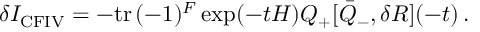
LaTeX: \delta I _ { \mathrm { C F I V } } = - \mathrm { t r } \, ( - 1 ) ^ { F } \exp ( - t H ) Q _ { + } [ \bar { Q } _ { - } , \delta R ] ( - t ) \, .